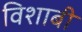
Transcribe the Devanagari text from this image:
विशाबी